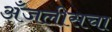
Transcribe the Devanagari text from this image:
अँजलीसचा